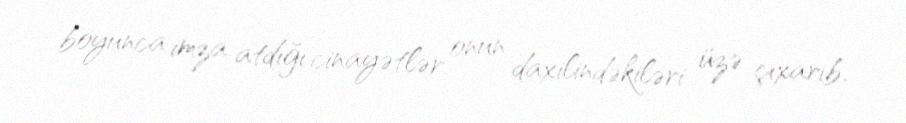
boyunca imza atdığı cinayətlər onun daxilindəkiləri üzə çıxarıb.